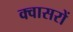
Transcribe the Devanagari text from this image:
क्वासरों